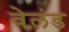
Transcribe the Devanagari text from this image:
वेलंड